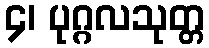
၄၊ ပုဂ္ဂလသုတ္တ